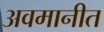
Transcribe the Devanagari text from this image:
अवमानीत